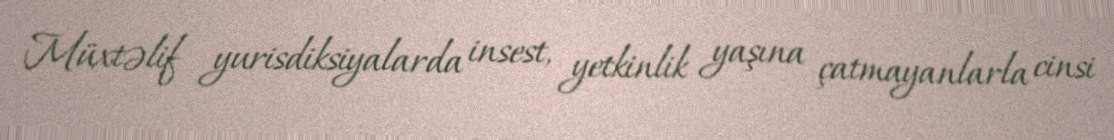
Müxtəlif yurisdiksiyalarda insest, yetkinlik yaşına çatmayanlarla cinsi